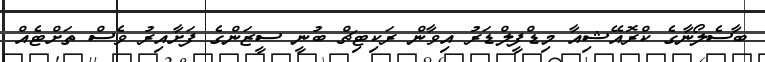
ބާސެލޯނާގެ ކްރޮއޭޝިއާ މިޑްފީލްޑަރު އިވާން ރަކިޓިޗް ބުނީ ސީޒަންގެ ފަށާއިރު ވެސް ތަށްޓެއް